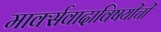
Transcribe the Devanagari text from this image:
मार्क्सवादाविषयीची